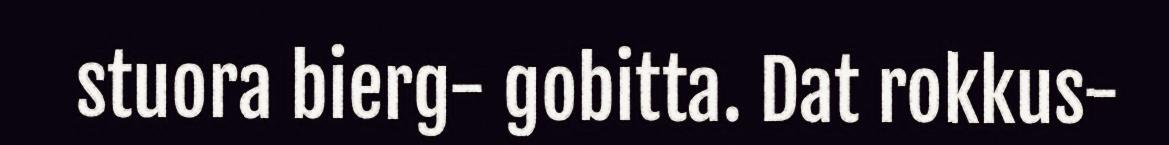
stuora bierg- gobitta. Dat rokkus-